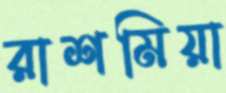
রাশমিয়া